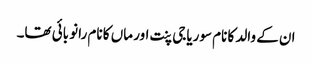
ان کے والد کا نام سوریاجی پنت اور ماں کا نام رانو بائی تھا۔